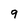
Character: 9